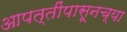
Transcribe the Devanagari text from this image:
आपत्तींपासूनच्या